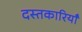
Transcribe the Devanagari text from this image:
दस्तकारियाँ